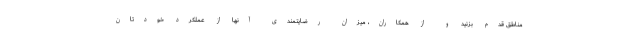
مناطق قدم بزنید و از همکاران، میزان رضایتمندی آنها از عملکرد خودتان